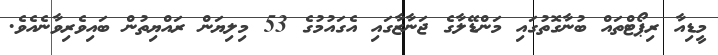
މީޑިއާ ރިޕޯޓްތައް ބުނާގޮތުގައި މަންޑޭލާގެ ޖަނާޒާގައި އެގައުމުގެ 53 މިލިޔަން ރައްޔިތުން ބައިވެރިވާނެއެވެ.